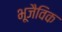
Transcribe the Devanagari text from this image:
भूजैविक